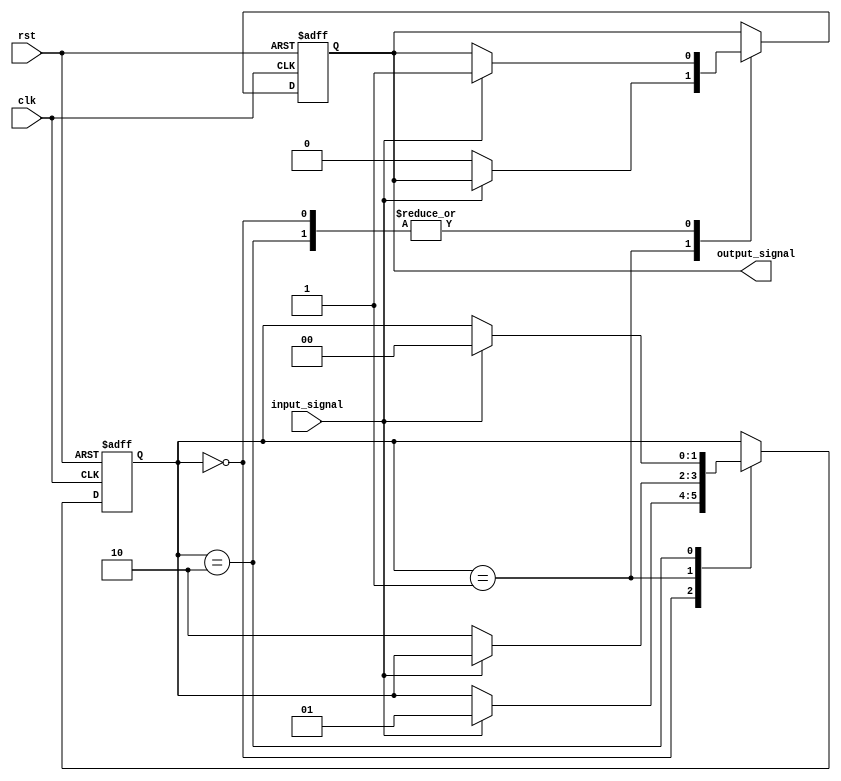
module moore_state_machine (
    input wire clk,
    input wire rst,
    input wire input_signal,
    output reg output_signal
);

// Define states of the machine
parameter STATE_A = 2'b00;
parameter STATE_B = 2'b01;
parameter STATE_C = 2'b10;

// Define state register
reg [1:0] state_reg;
// Define output register
reg output_reg;

// Define transition conditions and outputs based on current state
always @(posedge clk or posedge rst) begin
    if (rst) begin
        state_reg <= STATE_A;
        output_reg <= 1'b0;
    end
    else begin
        case(state_reg)
            STATE_A: begin
                if (input_signal) begin
                    state_reg <= STATE_B;
                    output_reg <= 1'b1;
                end
            end
            STATE_B: begin
                if (!input_signal) begin
                    state_reg <= STATE_C;
                    output_reg <= 1'b0;
                end
            end
            STATE_C: begin
                if (input_signal) begin
                    state_reg <= STATE_A;
                    output_reg <= 1'b1;
                end
            end
        endcase
    end
end

// Assign outputs based on current state
always @(*) begin
    output_signal = output_reg;
end

endmodule